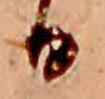
日